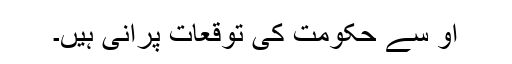
او سے حکومت کی توقعات پرانی ہیں۔